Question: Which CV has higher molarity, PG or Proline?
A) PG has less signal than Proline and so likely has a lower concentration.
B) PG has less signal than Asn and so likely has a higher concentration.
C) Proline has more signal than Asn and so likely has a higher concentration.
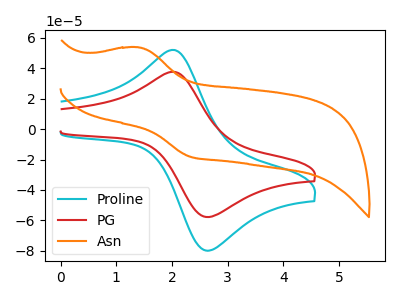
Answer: <think>The cyan curve "Proline" has an anodic peak at (2.05V, 52.00uA) and a cathodic peak at (2.60V, -79.55uA). The red curve "PG" has an anodic peak at (2.05V, 37.65uA) and a cathodic peak at (2.60V, -57.55uA). The orange curve "Asn" has an anodic peak at (1.40V, 53.70uA) and a cathodic peak at (2.35V, -18.20uA).
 All the peaks in "PG" have a peak in "Proline" at the same potential. Every peak in "PG" is lower than every peak in "Proline".</think>
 <answer>A) "PG" has less signal than "Proline" and so likely has a lower concentration.</answer>
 <eval>A</eval>